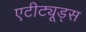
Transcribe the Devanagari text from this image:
एटीट्यूड्स